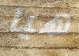
هيا